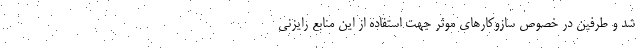
شد و طرفین در خصوص سازوکارهای موثر جهت استفاده از این منابع رایزنی